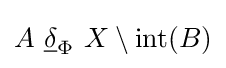
A\ {\underline {\delta }}_{\Phi }\ X\setminus {\mbox{int}}(B)